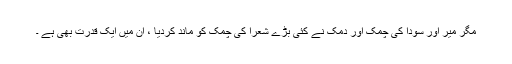
مگر میر اور سودا کی چمک اور دمک نے کئی بڑے شعرا کی چمک کو ماند کردیا ، ان میں ایک قدرت بھی ہے ۔